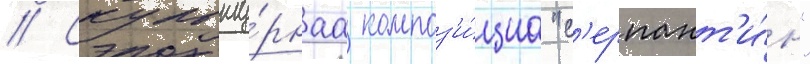
// Скульпту́рнаа композ'и́циа "с'ерпант'и́н"